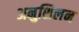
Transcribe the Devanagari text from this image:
अनुशिलन